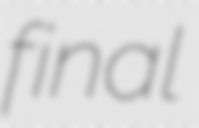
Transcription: final